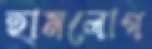
হামলোগ